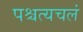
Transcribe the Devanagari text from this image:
पश्चत्यचलं